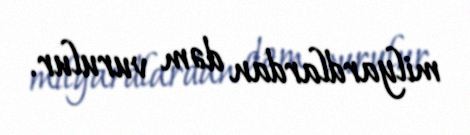
milyardlardan dəm vurulur.